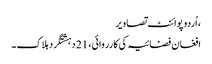
، اُردو پوائنٹ تصاویر
افغان فضائیہ کی کارروائی ، 21 دہشتگرد ہلاک ۔